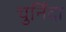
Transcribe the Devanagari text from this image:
चुनिँदा